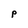
Character: P